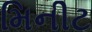
મિનીટ